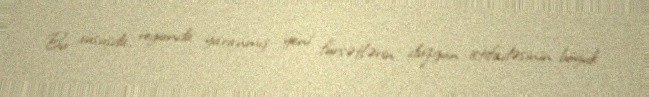
Bu xüsusda, regionda yaranmış yeni fürsətlərin düzgün istifadəsinin böyük